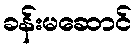
ခန်းမဆောင်